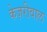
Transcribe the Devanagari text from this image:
केज़रीवाल